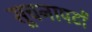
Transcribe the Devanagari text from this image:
सूचनापटों